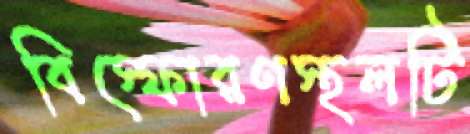
বিস্ফোরণস্থলটি